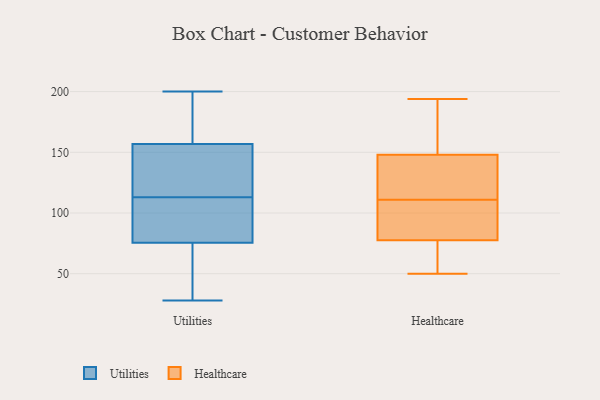
{"axis": {"x": "Temperature (°C)", "y": "Value"}, "legend": ["Healthcare", "Utilities"], "data": [{"x": "", "y": 95, "type": "Utilities"}, {"x": "", "y": 68, "type": "Utilities"}, {"x": "", "y": 192, "type": "Utilities"}, {"x": "", "y": 200, "type": "Utilities"}, {"x": "", "y": 28, "type": "Utilities"}, {"x": "", "y": 113, "type": "Utilities"}, {"x": "", "y": 134, "type": "Utilities"}, {"x": "", "y": 146, "type": "Utilities"}, {"x": "", "y": 62, "type": "Utilities"}, {"x": "", "y": 139, "type": "Utilities"}, {"x": "", "y": 90, "type": "Utilities"}, {"x": "", "y": 78, "type": "Utilities"}, {"x": "", "y": 189, "type": "Utilities"}, {"x": "", "y": 50, "type": "Healthcare"}, {"x": "", "y": 116, "type": "Healthcare"}, {"x": "", "y": 138, "type": "Healthcare"}, {"x": "", "y": 158, "type": "Healthcare"}, {"x": "", "y": 90, "type": "Healthcare"}, {"x": "", "y": 98, "type": "Healthcare"}, {"x": "", "y": 168, "type": "Healthcare"}, {"x": "", "y": 194, "type": "Healthcare"}, {"x": "", "y": 58, "type": "Healthcare"}, {"x": "", "y": 111, "type": "Healthcare"}, {"x": "", "y": 111, "type": "Healthcare"}, {"x": "", "y": 65, "type": "Healthcare"}]}